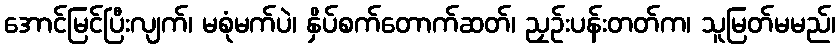
အောင်မြင်ပြီးလျက်၊ မစုံမက်ပဲ၊ နှိပ်စက်တောက်ဆတ်၊ ညှဉ်းပန်းတတ်က၊ သူမြတ်မမည်၊